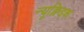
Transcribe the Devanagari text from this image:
न्यूक्लिइक